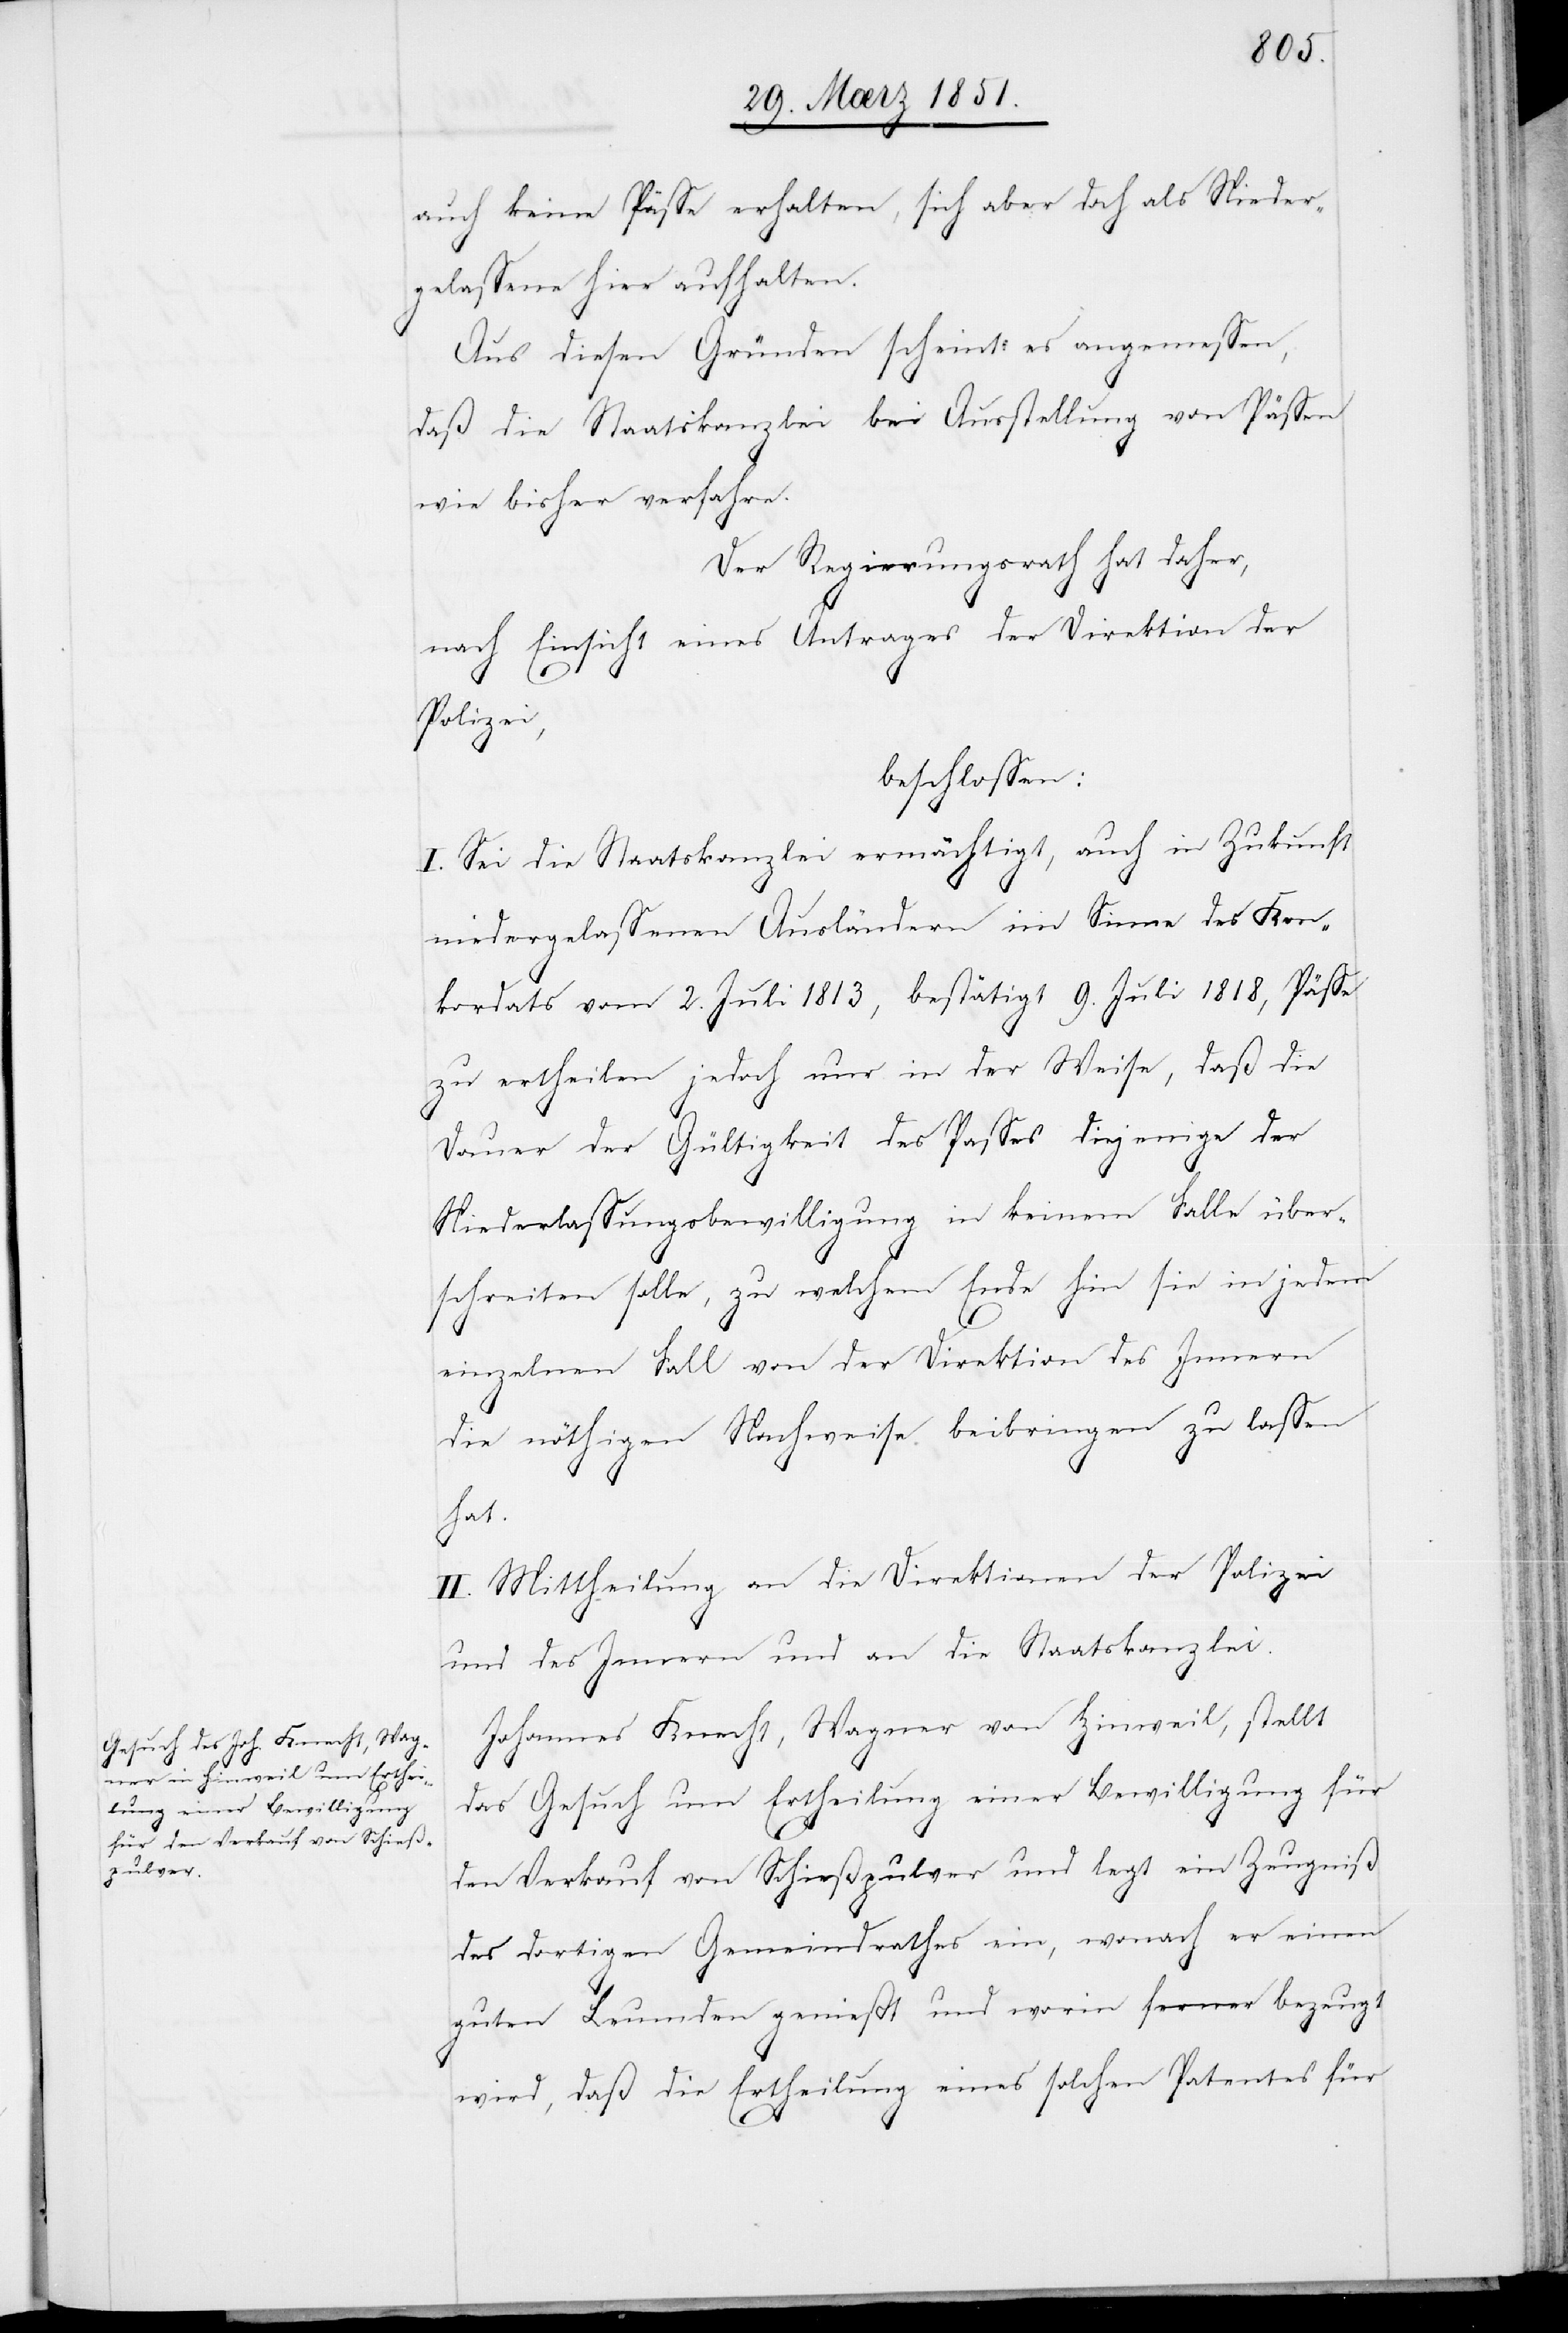
auch keine Pässe erhalten, sich aber doch als Nieder¬
gelassene hier aufhalten.
Aus diesen Gründen scheint es angemessen,
daß die Staatskanzlei bei Ausstellung von Pässen
wie bisher verfahre.
Der Regierungsrath hat daher,
nach Einsicht eines Antrages der Direktion der
Polizei,
beschlossen:
I. Sei die Staatskanzlei ermächtigt, auch in Zukunft
niedergelassenen Ausländern im Sinne des Kon¬
kordats vom 2. Juli 1813, bestätigt 9. Juli 1818, Pässe
zu ertheilen jedoch nur in der Weise, daß die
Dauer der Gültigkeit des Passes diejenige der
Niederlassungsbewilligung in keinem Falle über¬
schreiten solle, zu welchem Ende hin sie in jedem
einzelnen Fall von der Direktion des Innern
die nöthigen Nachweise beibringen zu lassen
hat.
II. Mittheilung an die Direktionen der Polizei
und des Innern und an die Staatskanzlei.
Johannes Knecht, Wagner von Hinweil, stellt
das Gesuch um Ertheilung einer Bewilligung für
den Verkauf von Schießpulver und legt ein Zeugniß
des dortigen Gemeindrathes ein, wonach er einen
guten Leumden genießt und worin ferner bezeugt
wird, daß die Ertheilung eines solchen Patentes für